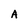
Character: A